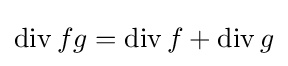
\operatorname {div} fg=\operatorname {div} f+\operatorname {div} g